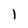
Character: 1